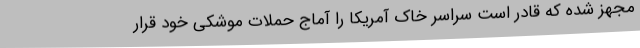
مجهز شده که قادر است سراسر خاک آمریکا را آماج حملات موشکی خود قرار